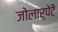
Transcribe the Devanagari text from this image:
जोलार्पेटै